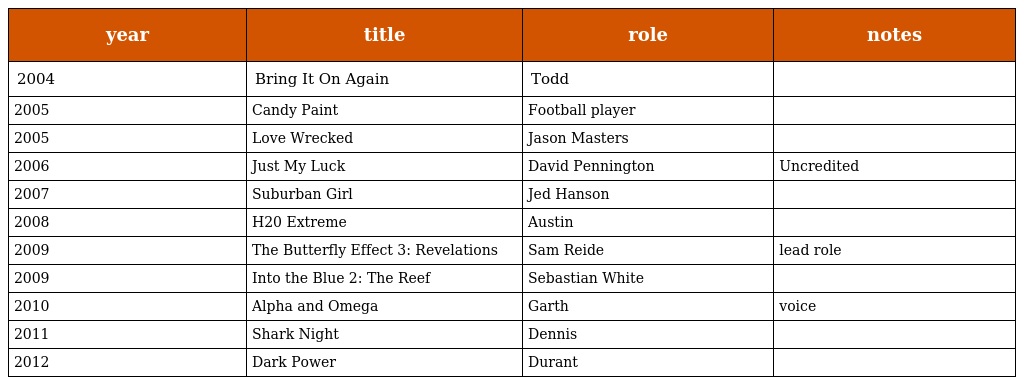
| year | title | role | notes |
 | --- | --- | --- | --- |
 | 2004 | Bring It On Again | Todd |  |
 | 2005 | Candy Paint | Football player |  |
 | 2005 | Love Wrecked | Jason Masters |  |
 | 2006 | Just My Luck | David Pennington | Uncredited |
 | 2007 | Suburban Girl | Jed Hanson |  |
 | 2008 | H20 Extreme | Austin |  |
 | 2009 | The Butterfly Effect 3: Revelations | Sam Reide | lead role |
 | 2009 | Into the Blue 2: The Reef | Sebastian White |  |
 | 2010 | Alpha and Omega | Garth | voice |
 | 2011 | Shark Night | Dennis |  |
 | 2012 | Dark Power | Durant |  |